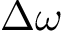
\Delta \omega